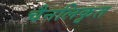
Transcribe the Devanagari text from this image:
चैनलिकृत